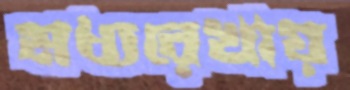
মধ্যরেখায়